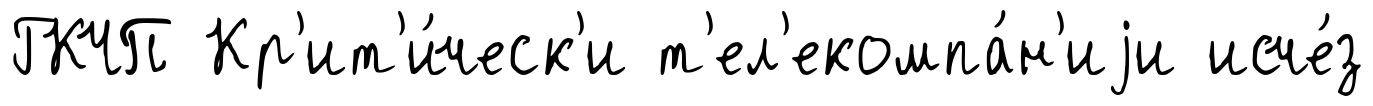
ГКЧП Кр'ит'и́ческ'и т'ел'екомпа́н'иjи исче́з